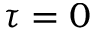
\tau = 0